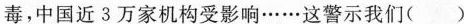
毒，中国近3万家机构受影响…这警示我们（）